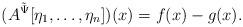
LaTeX: \begin{align*}(A^{\tilde \Psi}[\eta_1,\dots,\eta_n])(x) = f(x) - g(x).\end{align*}